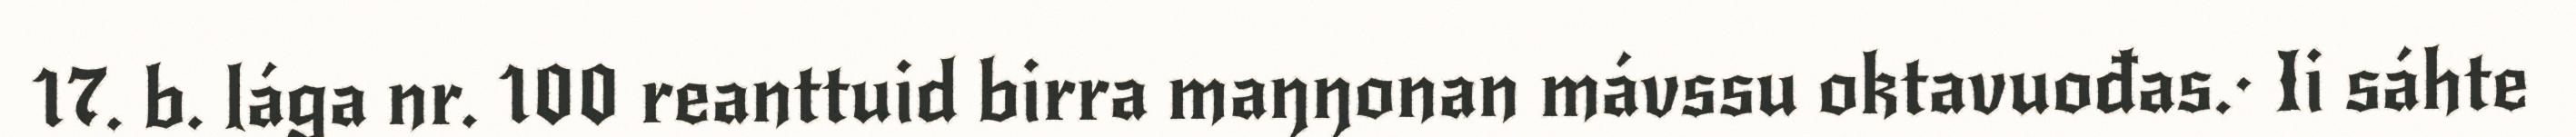
17. b. lága nr. 100 reanttuid birra maŋŋonan mávssu oktavuođas.· Ii sáhte